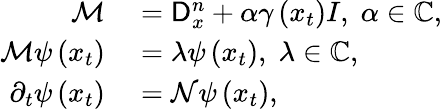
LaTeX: \begin{array}{rl}{\mathcal{M}}&{{}=\mathsf{D}_{x}^{n}+\alpha\gamma\left(x_{t}\right)I,\; \alpha\in\mathbb{C},}\\ {\mathcal{M}\psi\left(x_{t}\right)}&{{}=\lambda\psi\left(x_{t}\right),\; \lambda\in\mathbb{C},}\\ {\partial_{t}\psi\left(x_{t}\right)}&{{}=\mathcal{N}\psi\left(x_{t}\right),}\end{array}